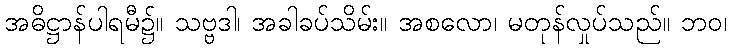
အဓိဋ္ဌာန်ပါရမီ၌။ သဗ္ဗဒါ၊ အခါခပ်သိမ်း။ အစလော၊ မတုန်လှုပ်သည်။ ဘဝ၊